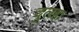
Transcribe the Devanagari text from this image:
दुलहा